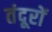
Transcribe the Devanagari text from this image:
तंदूरों